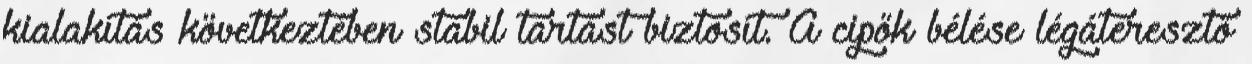
kialakítás következtében stabil tartást biztosít. A cipők bélése légáteresztő